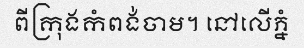
ពីក្រុងកំពង់ចាម។ នៅលើភ្នំ